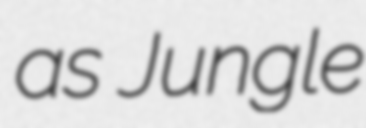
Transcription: as Jungle